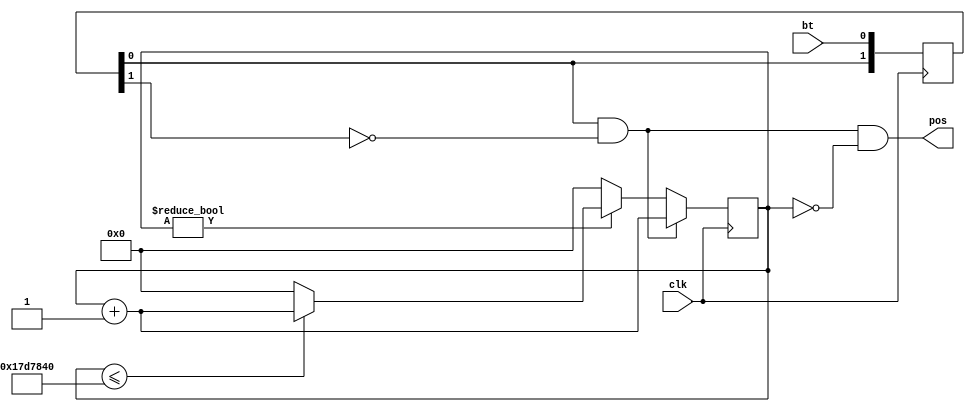
`timescale 1ns / 1ps

module button (//1(clk)pos1, always
    input  clk,
    input  bt,
    output pos

);
  reg [ 1:0] trig = 2'b00;  //
  reg [28:0] cnt_1s;  //
  always @(posedge clk) begin
    trig[0] <= bt;
    trig[1] <= trig[0];
    if (trig[0] & ~trig[1]) begin
      cnt_1s <= cnt_1s + 1;
    end else begin
      if (cnt_1s != 0)
        if (cnt_1s <= 25000000) cnt_1s <= cnt_1s + 1;
        else cnt_1s <= 0;
      else cnt_1s<=0;

    end
  end
  assign pos = (trig[0] & ~trig[1]) && (cnt_1s == 0);
endmodule